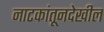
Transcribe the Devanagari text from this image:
नाटकांतूनदेखील